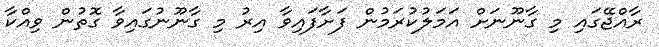
ރާއްޖޭގައި މި ގާނޫނަށް އަމަލުކުރަމުން ފަށާފައިވާ އިރު މި ގާނޫނުގައިވާ ގޮތުން ވިއްކާ